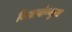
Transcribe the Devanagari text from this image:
विज्ञानोन्मुख